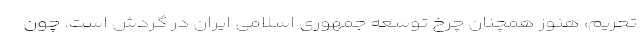
تحریم، هنوز همچنان چرخ توسعه جمهوری اسلامی ایران در گردش است. چون